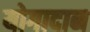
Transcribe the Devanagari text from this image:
योगादान